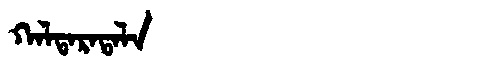
Manchu: ᡴᠠᠯᡨᠠᡵᠠᡨᠠᠯᠠ
Romanization: KALTARATALA